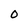
Character: O